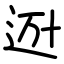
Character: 𨒒